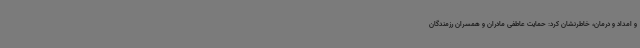
و امداد و درمان، خاطرنشان کرد: حمایت عاطفی مادران و همسران رزمندگان